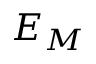
E _ { M }